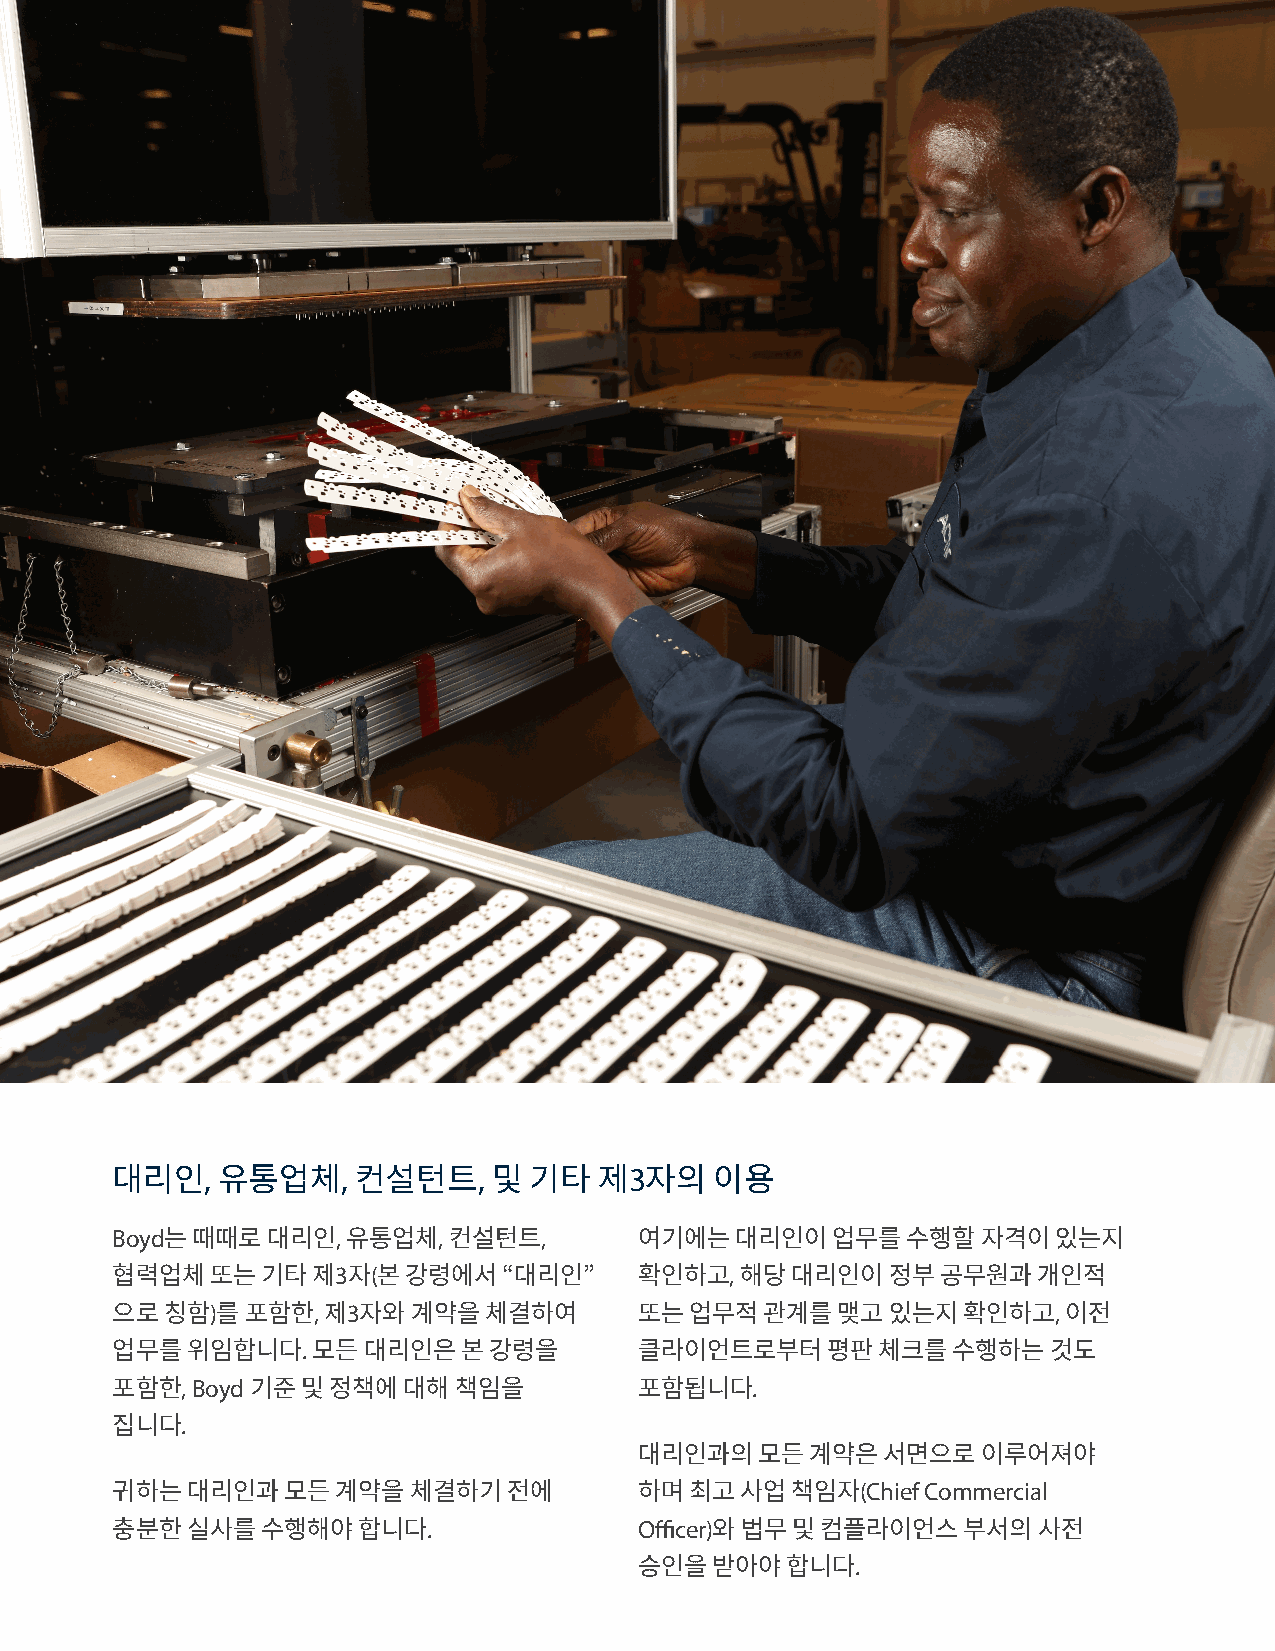
,        ,        ,         3
 대리인    유통업체      컨설턴트     및 기타   제  자의  이용
 Boyd           ,      ,      ,
 는때때로대리인     유통업체   컨설턴트        여기에는대리인이업무를수행할자격이있는지
 3  (                      ,
 협력업체또는기타제       자본강령에서“대리인”        확인하고   해당대리인이정부공무원과개인적
 )      , 3                                              ,
 으로칭함   를포함한   제  자와계약을체결하여         또는업무적관계를맺고있는지확인하고            이전
 .
 업무를위임합니다      모든대리인은본강령을           클라이언트로부터평판체크를수행하는것도
 , Boyd                                .
 포함한       기준및정책에대해책임을              포함됩니다
 .
 집니다
 대리인과의모든계약은서면으로이루어져야
 (Chief Commercial
 귀하는대리인과모든계약을체결하기전에                 하며최고사업책임자
 .             Officer)
 충분한실사를수행해야합니다                           와법무및컴플라이언스부서의사전
 .
 승인을받아야합니다